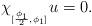
LaTeX: \begin{align*}\chi _{_{\lbrack \frac{\phi _{1}}{2},\phi _{1}]}}u=0. \end{align*}